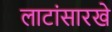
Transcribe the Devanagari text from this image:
लाटांसारखे